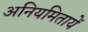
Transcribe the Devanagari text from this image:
अनियमितायें